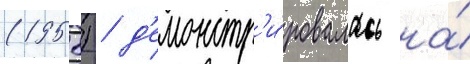
(1958) / д'емонстр'и́ровалась на́